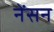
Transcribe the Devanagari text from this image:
नेंसन